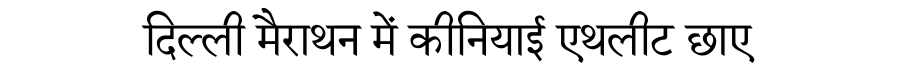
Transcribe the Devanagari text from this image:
दिल्ली मैराथन में कीनियाई एथलीट छाए